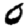
Digit: 0